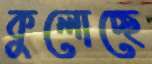
কুলোচ্ছে